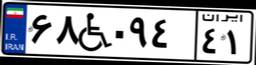
۶۸W۰۹۴۴۱